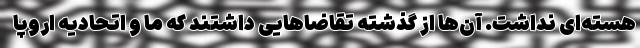
هسته‌ای نداشت. آن‌ها از گذشته تقاضاهایی داشتند که ما و اتحادیه اروپا